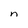
Character: n